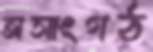
অসাংগঠ